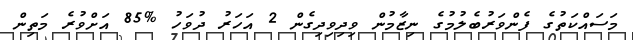
މަސައްކަތުގެ ފެންވަރުބެލުމުގެ ނިޒާމުން ވިދިވިދިގެން 2 އަހަރު ދުވަހު %85 އަށްވުރެ މަތިން